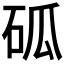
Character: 𥑔